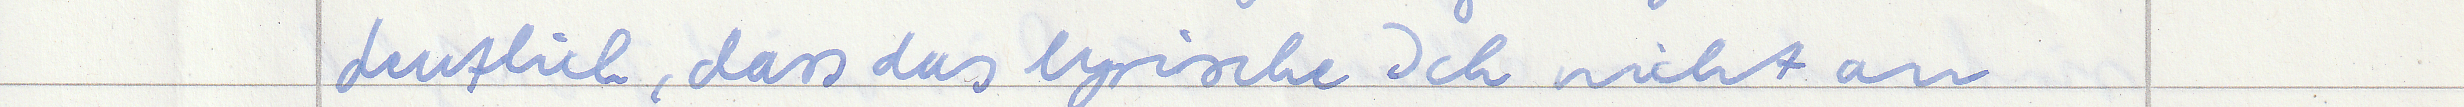
deutlich, dass das lyrische Ich nicht an